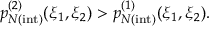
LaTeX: p _ { N { \mathrm { ( i n t ) } } } ^ { ( 2 ) } ( \xi _ { 1 } , \xi _ { 2 } ) > p _ { N { \mathrm { ( i n t ) } } } ^ { ( 1 ) } ( \xi _ { 1 } , \xi _ { 2 } ) .